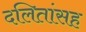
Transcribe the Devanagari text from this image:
दलितांसह